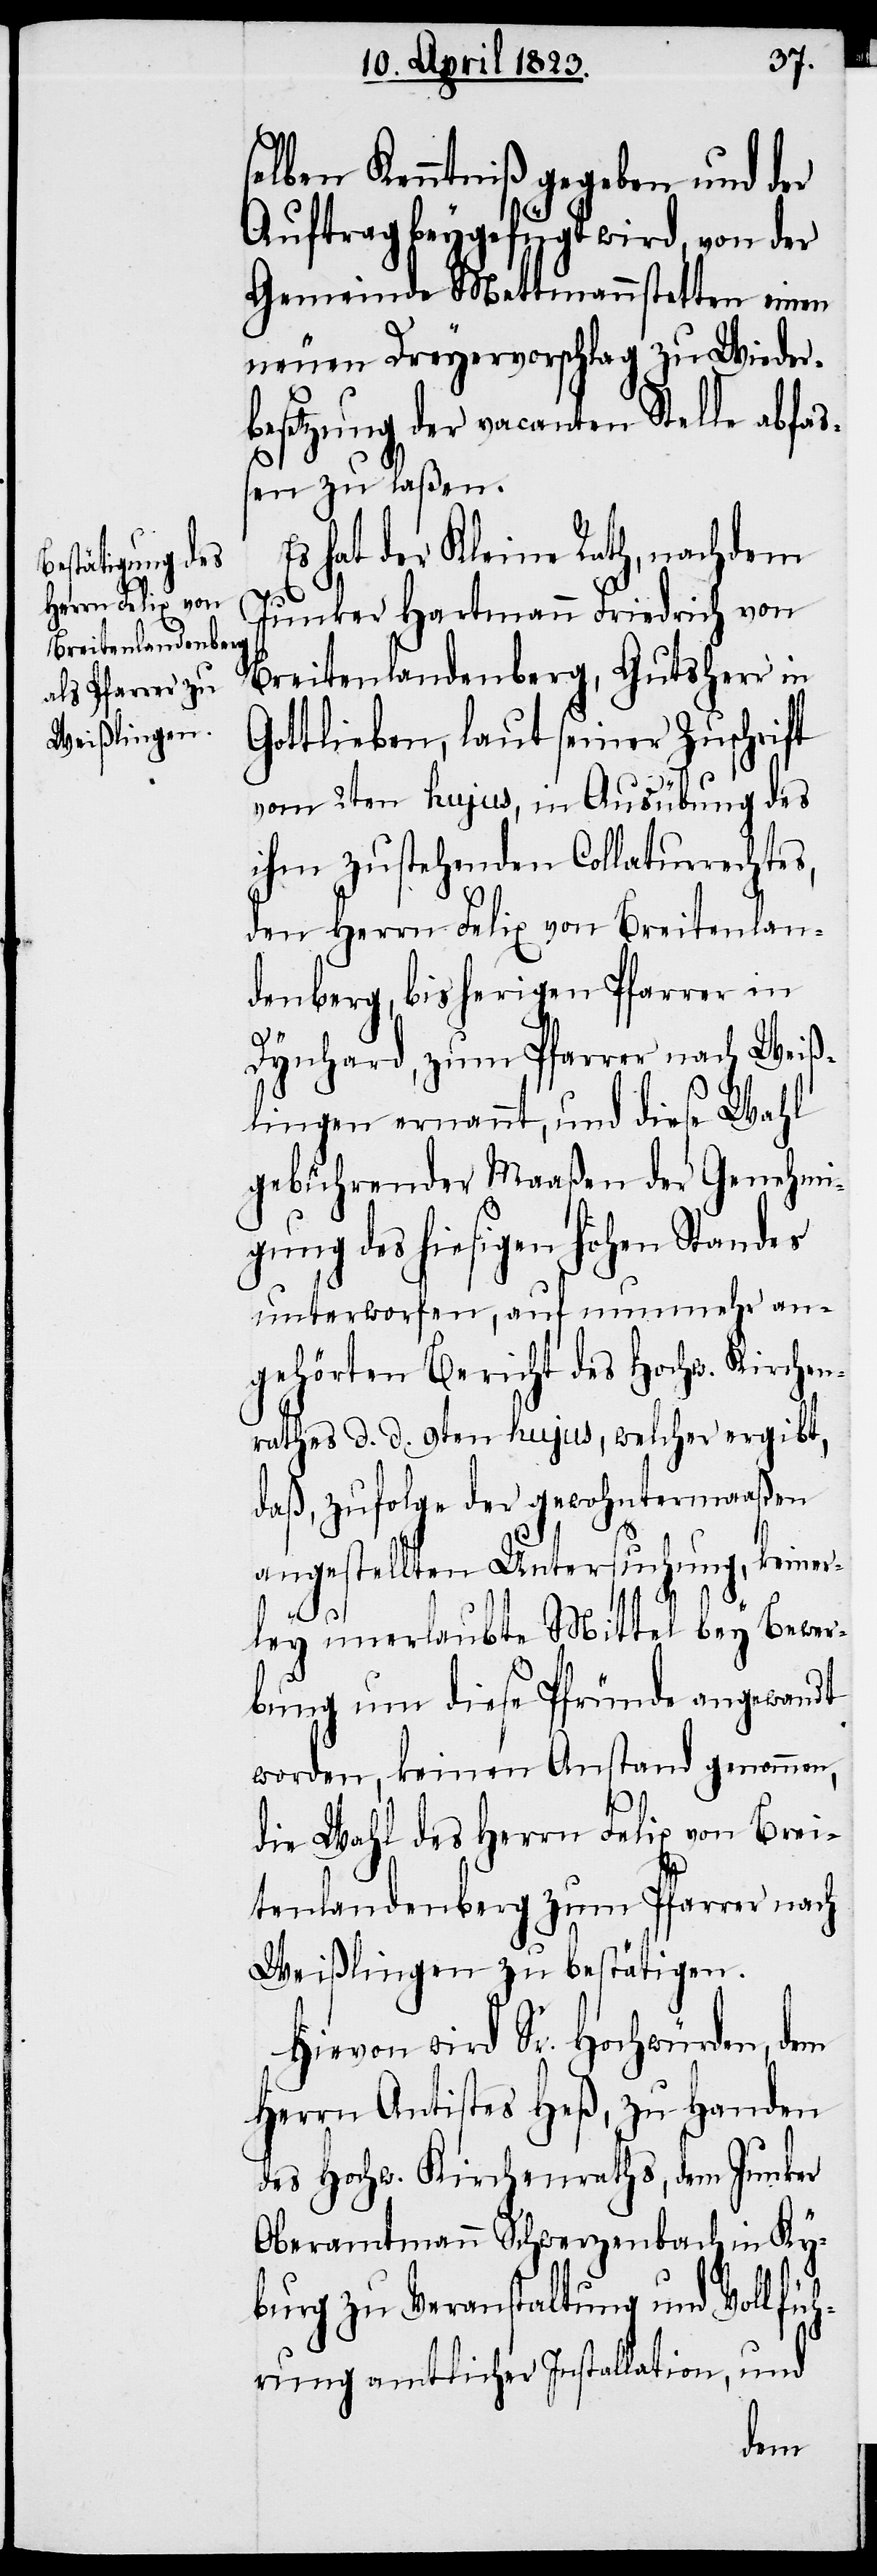
selben Kenntniß gegeben und der
Auftrag beygefügt wird, von der
Gemeinde Mettmannstetten einen
neuen Dreyervorschlag zu Wieder¬
besetzung der vacanten Stelle abfaß¬
en zu laßen.
Es hat der Kleine Rath, nachdem
Junker Hartmann Friedrich von
Breitenlandenberg, Gutsherr in
Gottlieben, laut seiner Zuschrift
vom 2ten hujus, in Ausübung des
ihm zustehenden Collaturrechtes,
den Herrn Felix von Breitenlan¬
denberg, bisherigen Pfarrer in
Dynhard, zum Pfarrer nach Weiß¬
lingen ernannt, und diese Wahl
gebührender Maaßen der Genehmi¬
gung des hiesigen hohen Standes
unterworfen, auf nunmehr an¬
gehörten Bericht des Hochw. Kirchen¬
rathes d. d. 9ten hujus, welcher ergibt,
daß, zufolge der gewohntermaaßen
angestellten Untersuchung, keiner¬
ley unerlaubte Mittel bey Bewer¬
bung um diese Pfründe angewandt
worden, keinen Anstand genommen,
die Wahl des Herrn Felix von Brei¬
tenlandenberg zum Pfarrer nach
Weißlingen zu bestätigen.
Hievon wird Sr. Hochwürden, dem
Herrn Antistes Heß, zu Handen
des Hochw. Kirchenraths, dem Junker
Oberamtmann Schwerzenbach in Ky¬
burg zu Veranstaltung und Vollfüh¬
rung amtlicher Installation, und